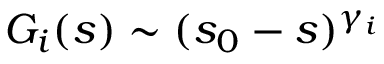
G _ { i } ( s ) \sim ( s _ { 0 } - s ) ^ { \gamma _ { i } }